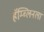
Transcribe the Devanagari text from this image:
हॅम्ब्लिनला